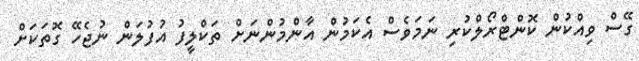
ގޭސް ވިއްކުން ކޮންޓްރޯލްކުރި ނަމަވެސް އެކަމުން އާންމުންނަށް ތަކްލީފު އުފުލަން ނުޖެހޭ ގޮތަކަށް